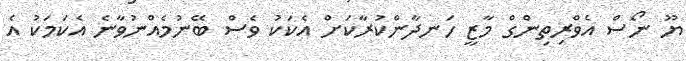
ޔޫ ނޯސް އެވްރިތިންގް މާޒީ ހަނދާންކުރާކަށް އެކަކު ވެސް ބޭނުމެއްނުވާނެ އެކަމަކު އެ